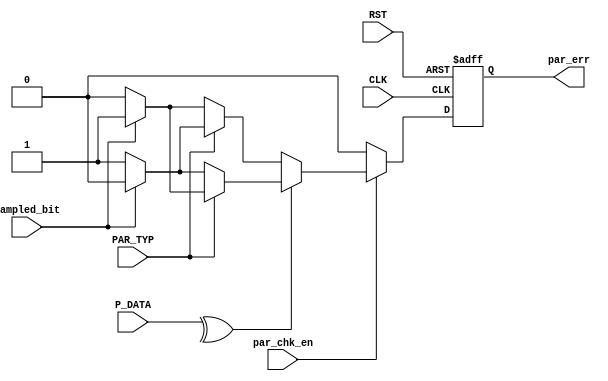
module parity_check (
	input wire 	 	 	 CLK , RST ,
	input wire  	   PAR_TYP ,
	input wire [7:0] P_DATA ,
	input wire 		   par_chk_en ,
	input wire 		   sampled_bit ,

	output reg 		   par_err

	);

	wire	 	 par_check ;

	assign par_check = ^P_DATA ;


always @ (posedge CLK or negedge RST) begin 
	if (!RST) begin
		par_err <= 0 ;
	end
	else if (par_chk_en) begin
		if (par_check) begin
			if (PAR_TYP) begin
				if (sampled_bit) par_err <= 1 ;
				else 	 	         par_err <= 0 ;
			end

			else begin
				if (sampled_bit)  par_err <= 0 ;
				else 	 	    	    par_err <= 1 ;
			end
		end

		else begin
			if (PAR_TYP) begin
				if (sampled_bit)  par_err <= 0 ;
				else 	 	    	    par_err <= 1 ;
			end

			else begin
				if (!sampled_bit) par_err <= 0 ;
				else 	 	    	    par_err <= 1 ;
			end
		end
	end 

	
	else par_err <= 0 ; // not enabled 
end
endmodule